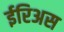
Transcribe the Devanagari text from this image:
ईरिअस